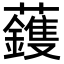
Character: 𮓈